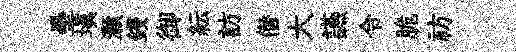
壘填灝鋟御紜訪僣大讌令脆祊